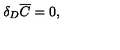
\delta _ { D } \overline { C } = 0 ,